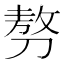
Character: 𠞪